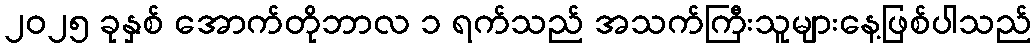
၂၀၂၅ ခုနှစ် အောက်တိုဘာလ ၁ ရက်သည် အသက်ကြီးသူများနေ့ဖြစ်ပါသည်